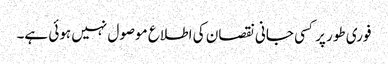
فوری طور پر کسی جانی نقصان کی اطلاع موصول نہیں ہوئی ہے۔